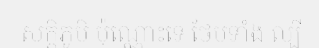
សក្តិភូមិ ប៉ុណ្ណោះទេ ថែមទាំង ល្បី